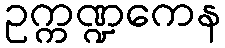
ဥက္ကဏ္ဍကေန